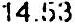
14.53